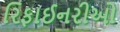
રિફાઈનરીઓ